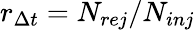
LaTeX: r_{\Delta t}=N_{rej}/N_{inj}